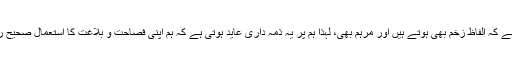
تاریخ کے مطالعے سے ظاہرہوتا ہے کہ الفاظ زخم بھی ہوتے ہیں اور مرہم بھی، لہٰذا ہم پر یہ ذمہ داری عاید ہوتی ہے کہ ہم اپنی فصاحت و بلاغت کا استعمال صحیح راہ میں کریں. “صحیح” راہ کیا ہے؟